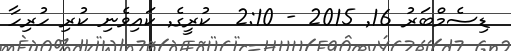
ޑިސެމްބަރު 16